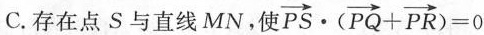
C.存在点S与直线MN。使 $$\overrightarrow { P S } · ( \overrightarrow { P Q } + \overrightarrow { P R } ) = 0$$